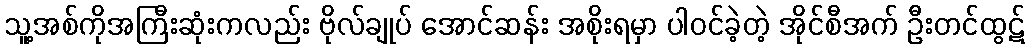
သူ့အစ်ကိုအကြီးဆုံးကလည်း ဗိုလ်ချုပ် အောင်ဆန်း အစိုးရမှာ ပါဝင်ခဲ့တဲ့ အိုင်စီအက် ဦးတင်ထွဋ်